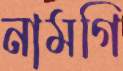
নামগি